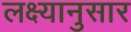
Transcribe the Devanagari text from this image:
लक्ष्यानुसार